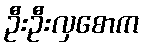
ဦးဦးလှစောက